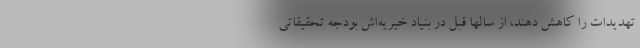
تهدیدات را کاهش دهند، از سالها قبل در بنیاد خیریه‌اش بودجه تحقیقاتی